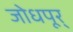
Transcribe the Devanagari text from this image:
जोधपूर्